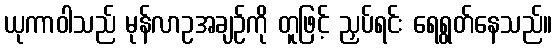
ယုကာဝါသည် မုန်လာဥအချဉ်ကို တူဖြင့် ညှပ်ရင်း ရေရွတ်နေသည်။